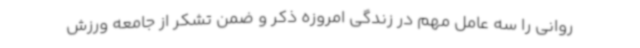
روانی را سه عامل مهم در زندگی امروزه ذکر و ضمن تشکر از جامعه ورزش